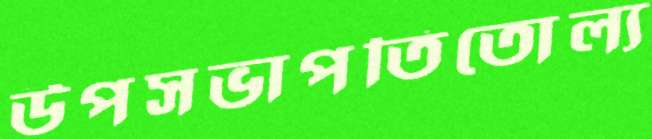
উপসভাপতিতোল্য